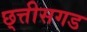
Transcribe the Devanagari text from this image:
छ्त्तीसगड